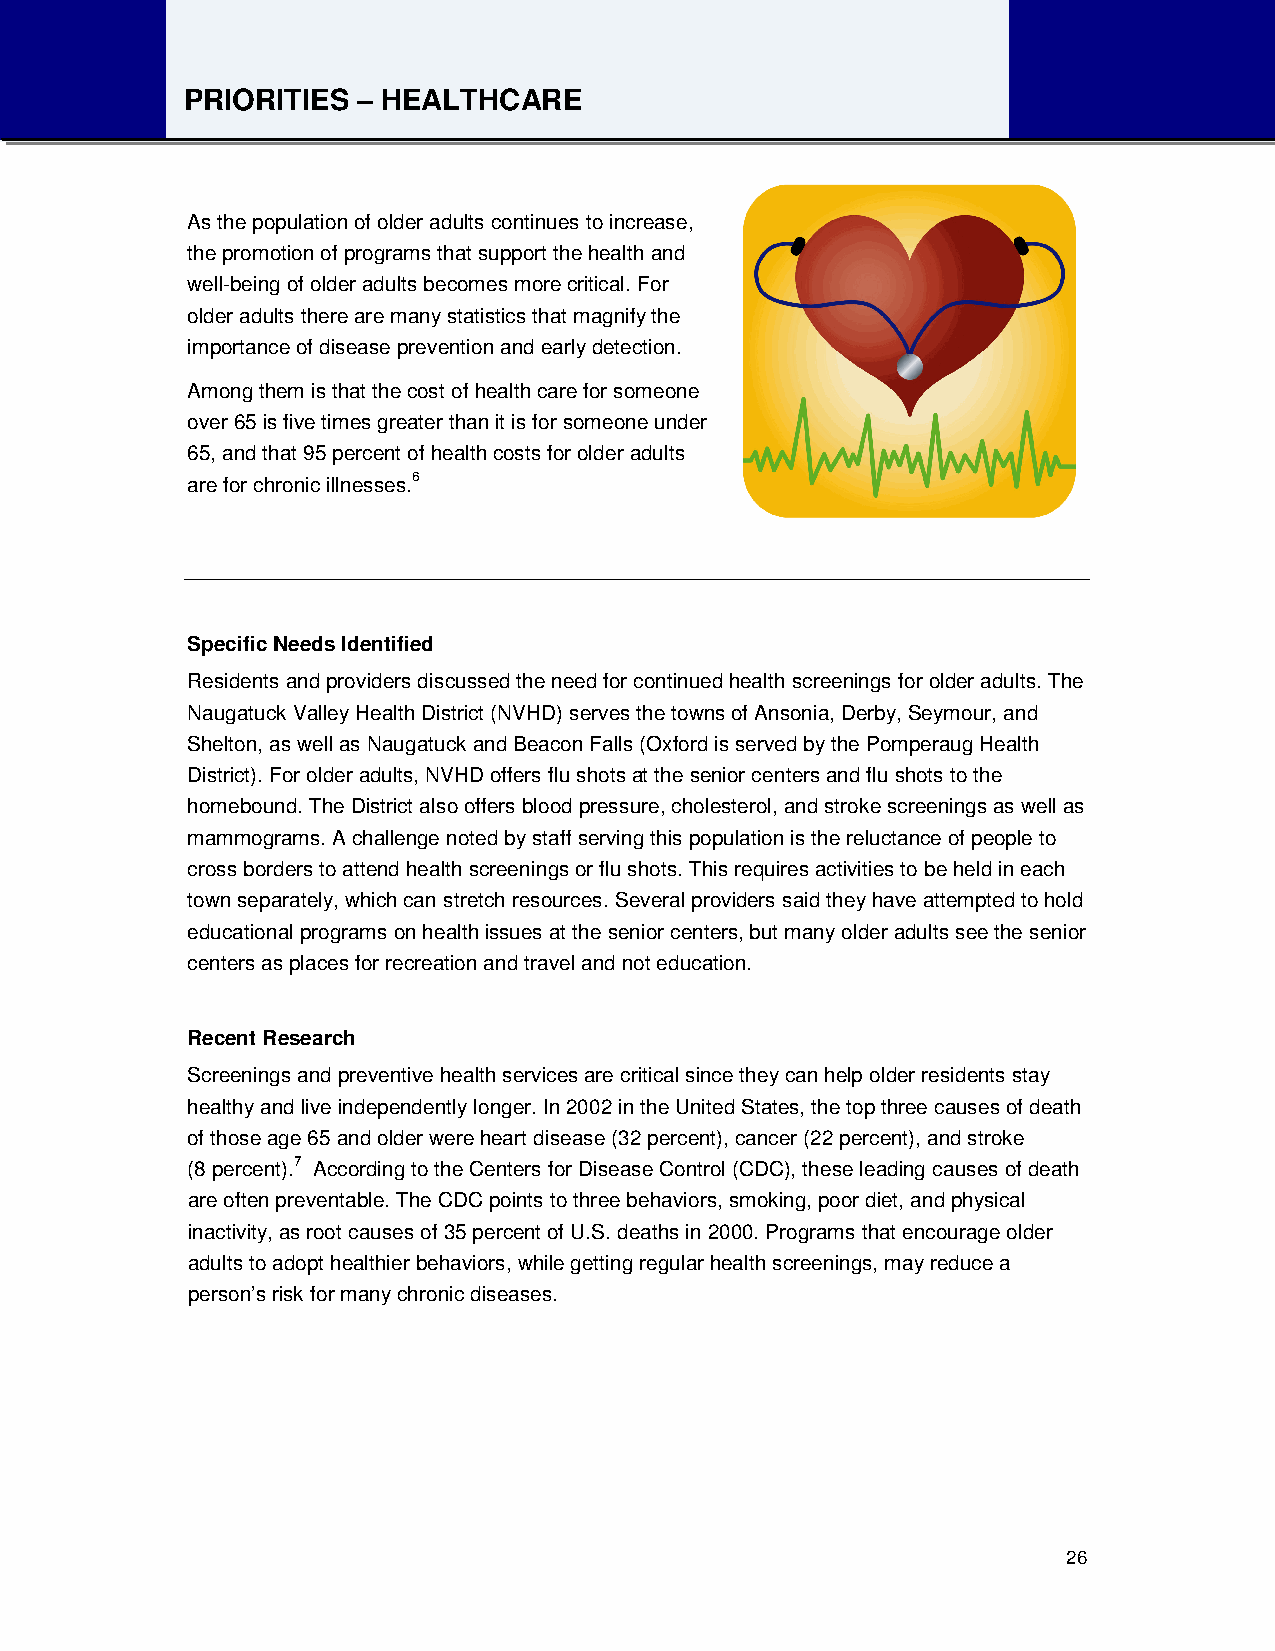
PRIORITIES  – HEALTHCARE
 As the population of older adults continues to increase,
 the promotion of programs that support the health and
 well-being of older adults becomes more critical. For
 older adults there are many statistics that magnify the
 importance of disease prevention and early detection.
 Among them is that the cost of health care for someone
 over 65 is five times greater than it is for someone under
 65, and that 95 percent of health costs for older adults
 are for chronic illnesses.6
 Specific Needs Identified
 Residents and providers discussed the need for continued health screenings for older adults. The
 Naugatuck Valley Health District (NVHD) serves the towns of Ansonia, Derby, Seymour, and
 Shelton, as well as Naugatuck and Beacon Falls (Oxford is served by the Pomperaug Health
 District). For older adults, NVHD offers flu shots at the senior centers and flu shots to the
 homebound. The District also offers blood pressure, cholesterol, and stroke screenings as well as
 mammograms. A challenge noted by staff serving this population is the reluctance of people to
 cross borders to attend health screenings or flu shots. This requires activities to be held in each
 town separately, which can stretch resources. Several providers said they have attempted to hold
 educational programs on health issues at the senior centers, but many older adults see the senior
 centers as places for recreation and travel and not education.
 Recent Research
 Screenings and preventive health services are critical since they can help older residents stay
 healthy and live independently longer. In 2002 in the United States, the top three causes of death
 of those age 65 and older were heart disease (32 percent), cancer (22 percent), and stroke
 (8 percent).7 According to the Centers for Disease Control (CDC), these leading causes of death
 are often preventable. The CDC points to three behaviors, smoking, poor diet, and physical
 inactivity, as root causes of 35 percent of U.S. deaths in 2000. Programs that encourage older
 adults to adopt healthier behaviors, while getting regular health screenings, may reduce a
 person’s risk for many chronic diseases.
 26